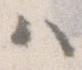
ハ